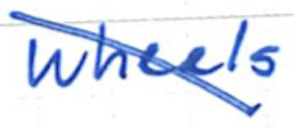
Text: wheels
Cross-out: diagonal
Writing tool: ballpoint